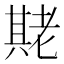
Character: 𬚌